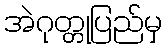
အဲဂုတ္တုပြည်မှ